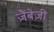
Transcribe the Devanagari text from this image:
ज़ैंबेज़ी